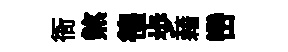
衙煞徨歩藉巒